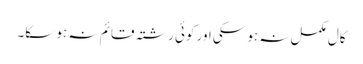
کال مکمل نہ ہو سکی اور کوئی رشتہ قائم نہ ہو سکا۔